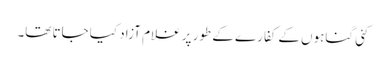
کئی گناہوں کے کفارے کے طور پر غلام آزاد کیا جاتا تھا۔